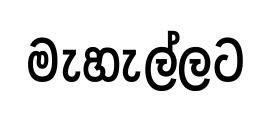
මැහැල්ලට